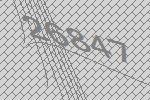
26847